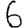
Digit: 6